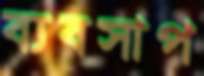
ব্যবসাপ